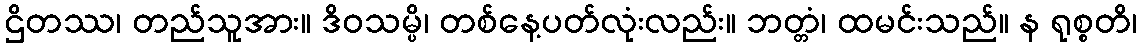
ဌိတဿ၊ တည်သူအား။ ဒိဝသမ္ပိ၊ တစ်နေ့ပတ်လုံးလည်း။ ဘတ္တံ၊ ထမင်းသည်။ န ရုစ္စတိ၊